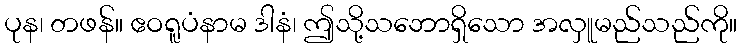
ပုန၊ တဖန်။ ဧဝရူပံနာမ ဒါနံ၊ ဤသို့သဘောရှိသော အလှူမည်သည်ကို။